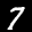
Label: 7